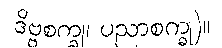
ဒိဗ္ဗစက္ခု၊ ပညာစက္ခု)။